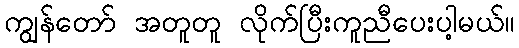
ကျွန်တော် အတူတူ လိုက်ပြီးကူညီပေးပါ့မယ်။